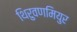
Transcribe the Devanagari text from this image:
थिरुवणमियुर